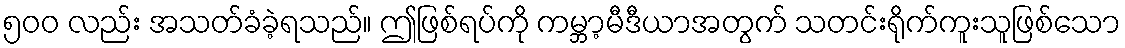
၅၀၀ လည်း အသတ်ခံခဲ့ရသည်။ ဤဖြစ်ရပ်ကို ကမ္ဘာ့မီဒီယာအတွက် သတင်းရိုက်ကူးသူဖြစ်သော